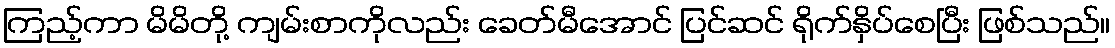
ကြည့်ကာ မိမိတို့ ကျမ်းစာကိုလည်း ခေတ်မီအောင် ပြင်ဆင် ရိုက်နှိပ်စေပြီး ဖြစ်သည်။